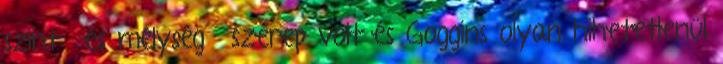
szintű és mélységű szerep volt és Goggins olyan hihetetlenül